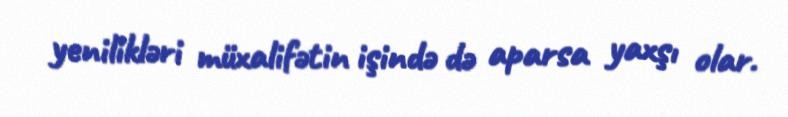
yenilikləri müxalifətin işində də aparsa yaxşı olar.